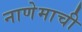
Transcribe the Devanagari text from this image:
नाणेमाची